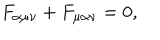
F _ { \alpha \mu \nu } + F _ { \mu \alpha \nu } = 0 ,